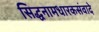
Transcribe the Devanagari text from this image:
सिद्धनामधारकसंवादे